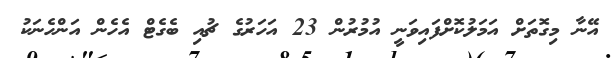
އޭނާ މިގޮތަށް އަމަލުކޮށްފައިވަނީ އުމުރުން 23 އަހަރުގެ ޗުއި ބެގެޓް އެހެން އަންހެނަކު